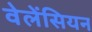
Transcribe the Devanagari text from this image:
वेलेंसियन